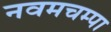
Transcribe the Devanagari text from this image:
नवमचम्पा